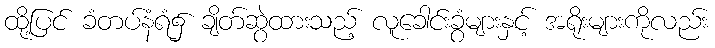
ထို့ပြင် ခံတပ်နံရံ၌ ချိတ်ဆွဲထားသည့် လူခေါင်းခွံများနှင့် အရိုးများကိုလည်း